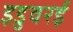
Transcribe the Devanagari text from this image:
इडुवरई